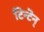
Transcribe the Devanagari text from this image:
टिन्टॆन्